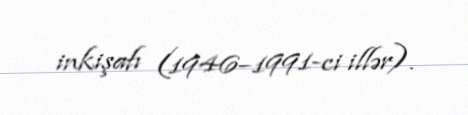
inkişafı (1946–1991-ci illər).